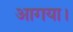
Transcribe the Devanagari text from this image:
आगया।